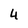
Character: 4